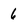
Character: 6